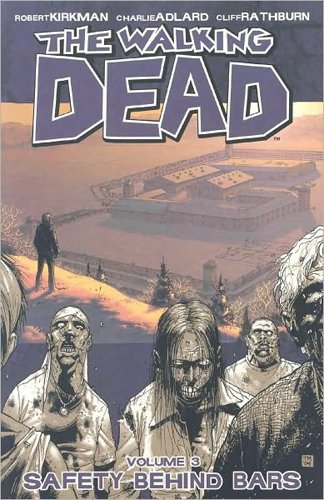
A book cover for The Walking Dead, Vol. 3: Safety Behind Bars; Robert Kirkman; Comics & Graphic Novels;